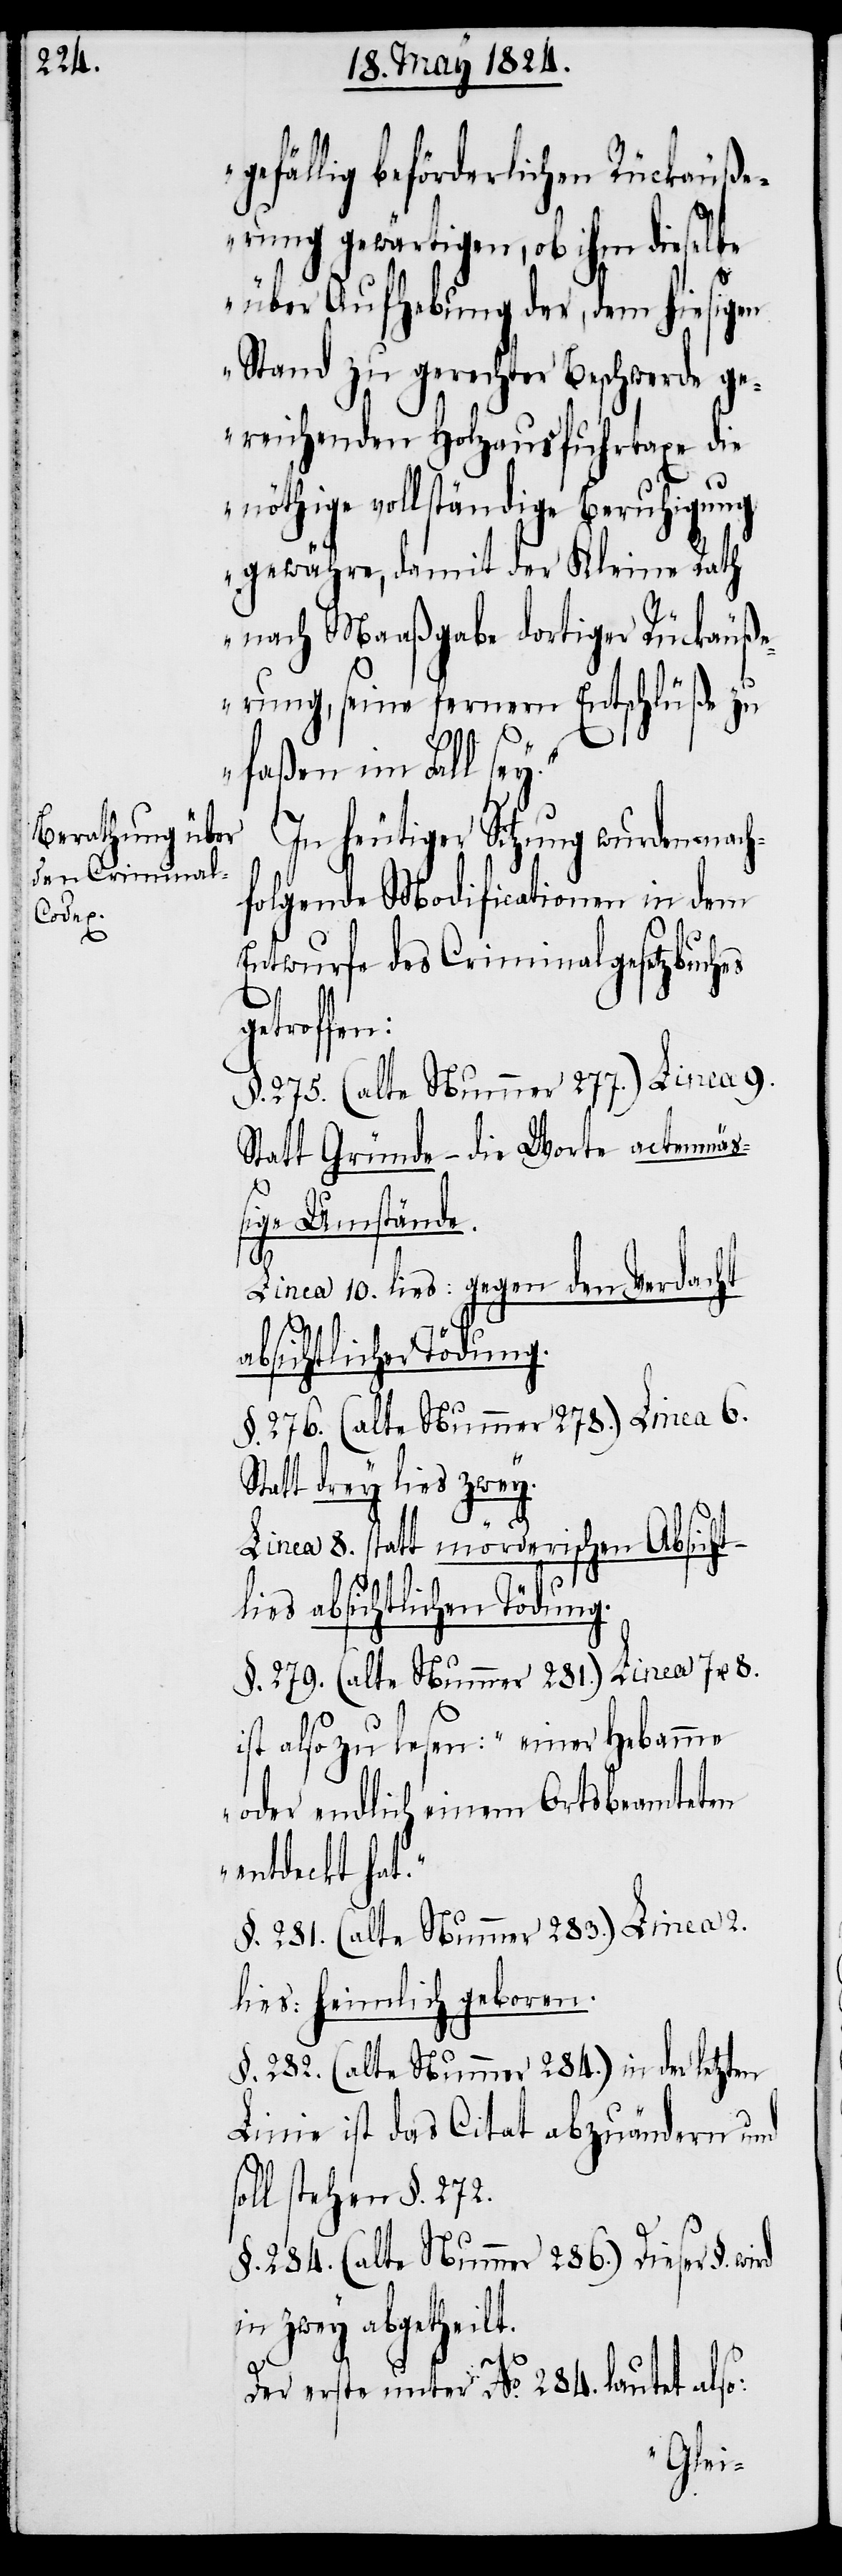
gefällig beförderlichen Rückäuße¬
rung gewärtigen, ob ihm dieselbe
über Aufhebung der, dem hiesigen
Stand zu gerechter Beschwerde ge¬
reichenden Holzausfuhrtaxe die
nöthige vollständige Beruhigung
gewähre, damit der Kleine Rath
nach Maaßgabe dortiger Rückäuß¬
erung, seine fernern Entschlüße zu
faßen im Fall sey.“
In heutiger Sitzung wurden nach¬
folgende Modificationen in dem
Entwurfe des Criminalgesetzbuches
etroffen:
§. 275. (alte Nummer 277.) Linea 9.
Statt Gründe – die Worte actenmäß¬
ige Umstände.
8.
Linea 10. lies: gegen den Verdacht
absichtlicher Tödung.
§. 276 (alte Nummer 278.) Linea 6.
Statt drey lies zwey.
Linea 8. statt mörderischen Absicht –
lies absichtlichen Tödung.
§. 279. (alte Nummer 281.) Linea 7 u.
ist also zu lesen: „einer Hebamme
oder endlich einem Ortsbeamteten
entdeckt hat.“
§. 281. (alte Nummer 283.) Linea 2.
lies: heimlich geboren.
§. 282. (alte Nummer 284.) in der letzten
Linie ist das Citat abzuändern und
stehen §. 272.
§. 284. (alte Nummer 286.) Dieser §.
in zwey abgetheilt.
Der erste unter No. 284. lautet also: